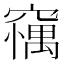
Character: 𥧼